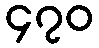
၄၇၀